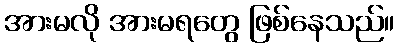
အားမလို အားမရတွေ ဖြစ်နေသည်။